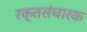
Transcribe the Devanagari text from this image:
रक्तसंचारक